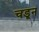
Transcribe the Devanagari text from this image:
चडून